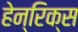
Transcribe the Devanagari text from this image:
हेन्रिक्स